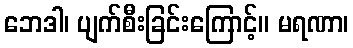
ဘေဒါ၊ ပျက်စီးခြင်းကြောင့်။ မရဏာ၊